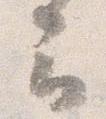
云